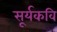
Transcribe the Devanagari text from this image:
सूर्यकवि